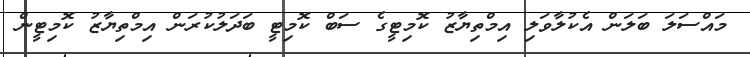
މައްސަލަ ބަލަން އެކުލާވަލި އިމްތިޔާޒު ކޮމިޓީގެ ސަބް ކޮމިޓީ ބަދަލުކުރަން އިމްތިޔާޒު ކޮމިޓީން